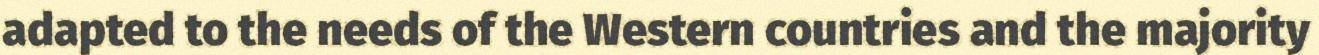
adapted to the needs of the Western countries and the majority